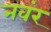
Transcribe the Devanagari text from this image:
नवंर